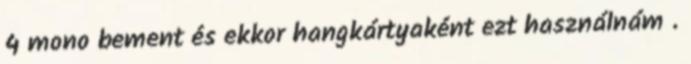
4 mono bement és ekkor hangkártyaként ezt használnám .